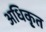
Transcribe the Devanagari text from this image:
अधिकृ्त